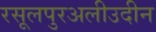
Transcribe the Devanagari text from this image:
रसूलपुरअलीउदीन